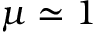
\mu \simeq 1